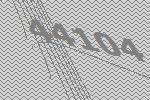
44104